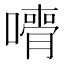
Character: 𡁦